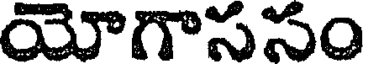
యోగాససం